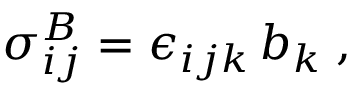
{ \sigma } _ { i j } ^ { B } = { \epsilon } _ { i j k } \, b _ { k } \; ,